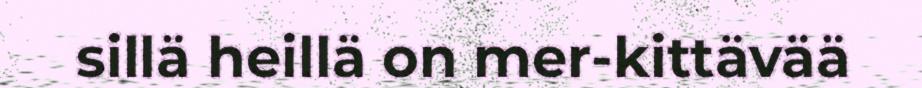
sillä heillä on mer-kittävää